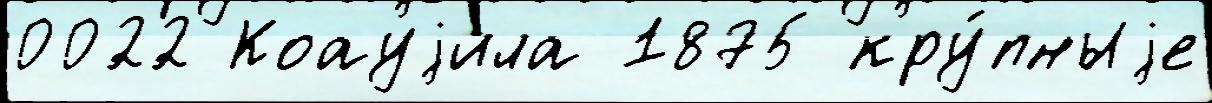
0022 Коауjила 1875 кру́пныjе